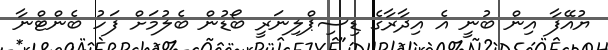
ޔުއޭފާ އިން ބުނީ އެ އިދާރާގެ ޑިސިޕްލިނަރީ ބޯޑުން ބެލުމަށް ފަހު ބެންޓްނާ